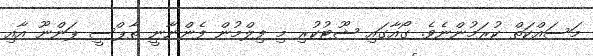
މަސައްކަތް ކުރަމުންނެވެ. ގޯއާގައި ޝޫޓުކުރި މި ފިލްމުން ފެންނާނީ ތާޕްސީ ޕަންނޫ އާއި